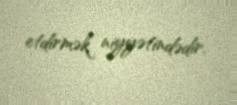
etdirmək niyyətindədir.